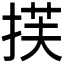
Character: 𫽈